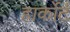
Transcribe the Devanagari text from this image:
हार्कोर्ट